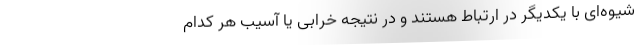
شیوه‌ای با یکدیگر در ارتباط هستند و در نتیجه خرابی یا آسیب هر کدام